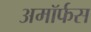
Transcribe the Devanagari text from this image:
अमॉर्फस